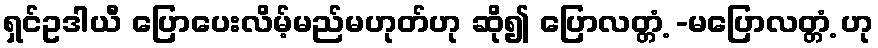
ရှင်ဥဒါယီ ပြောပေးလိမ့်မည်မဟုတ်ဟု ဆို၍ ပြောလတ္တံ့ -မပြောလတ္တံ့ ဟု